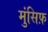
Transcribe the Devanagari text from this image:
मुंसिफ़